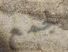
لجمع